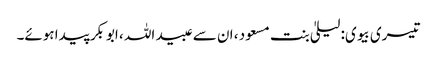
تیسری بیوی: لیلیٰ بنت مسعود ، ان سے عبید اللہ ، ابوبکر پیدا ہوئے۔